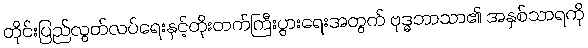
တိုင်းပြည်လွတ်လပ်ရေးနှင့်တိုးတက်ကြီးပွားရေးအတွက် ဗုဒ္ဓဘာသာ၏ အနှစ်သာရကို